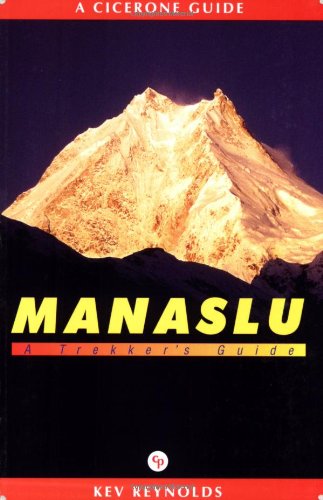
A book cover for Manaslu: A Trekker's Guide; Kev Reynolds; Travel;